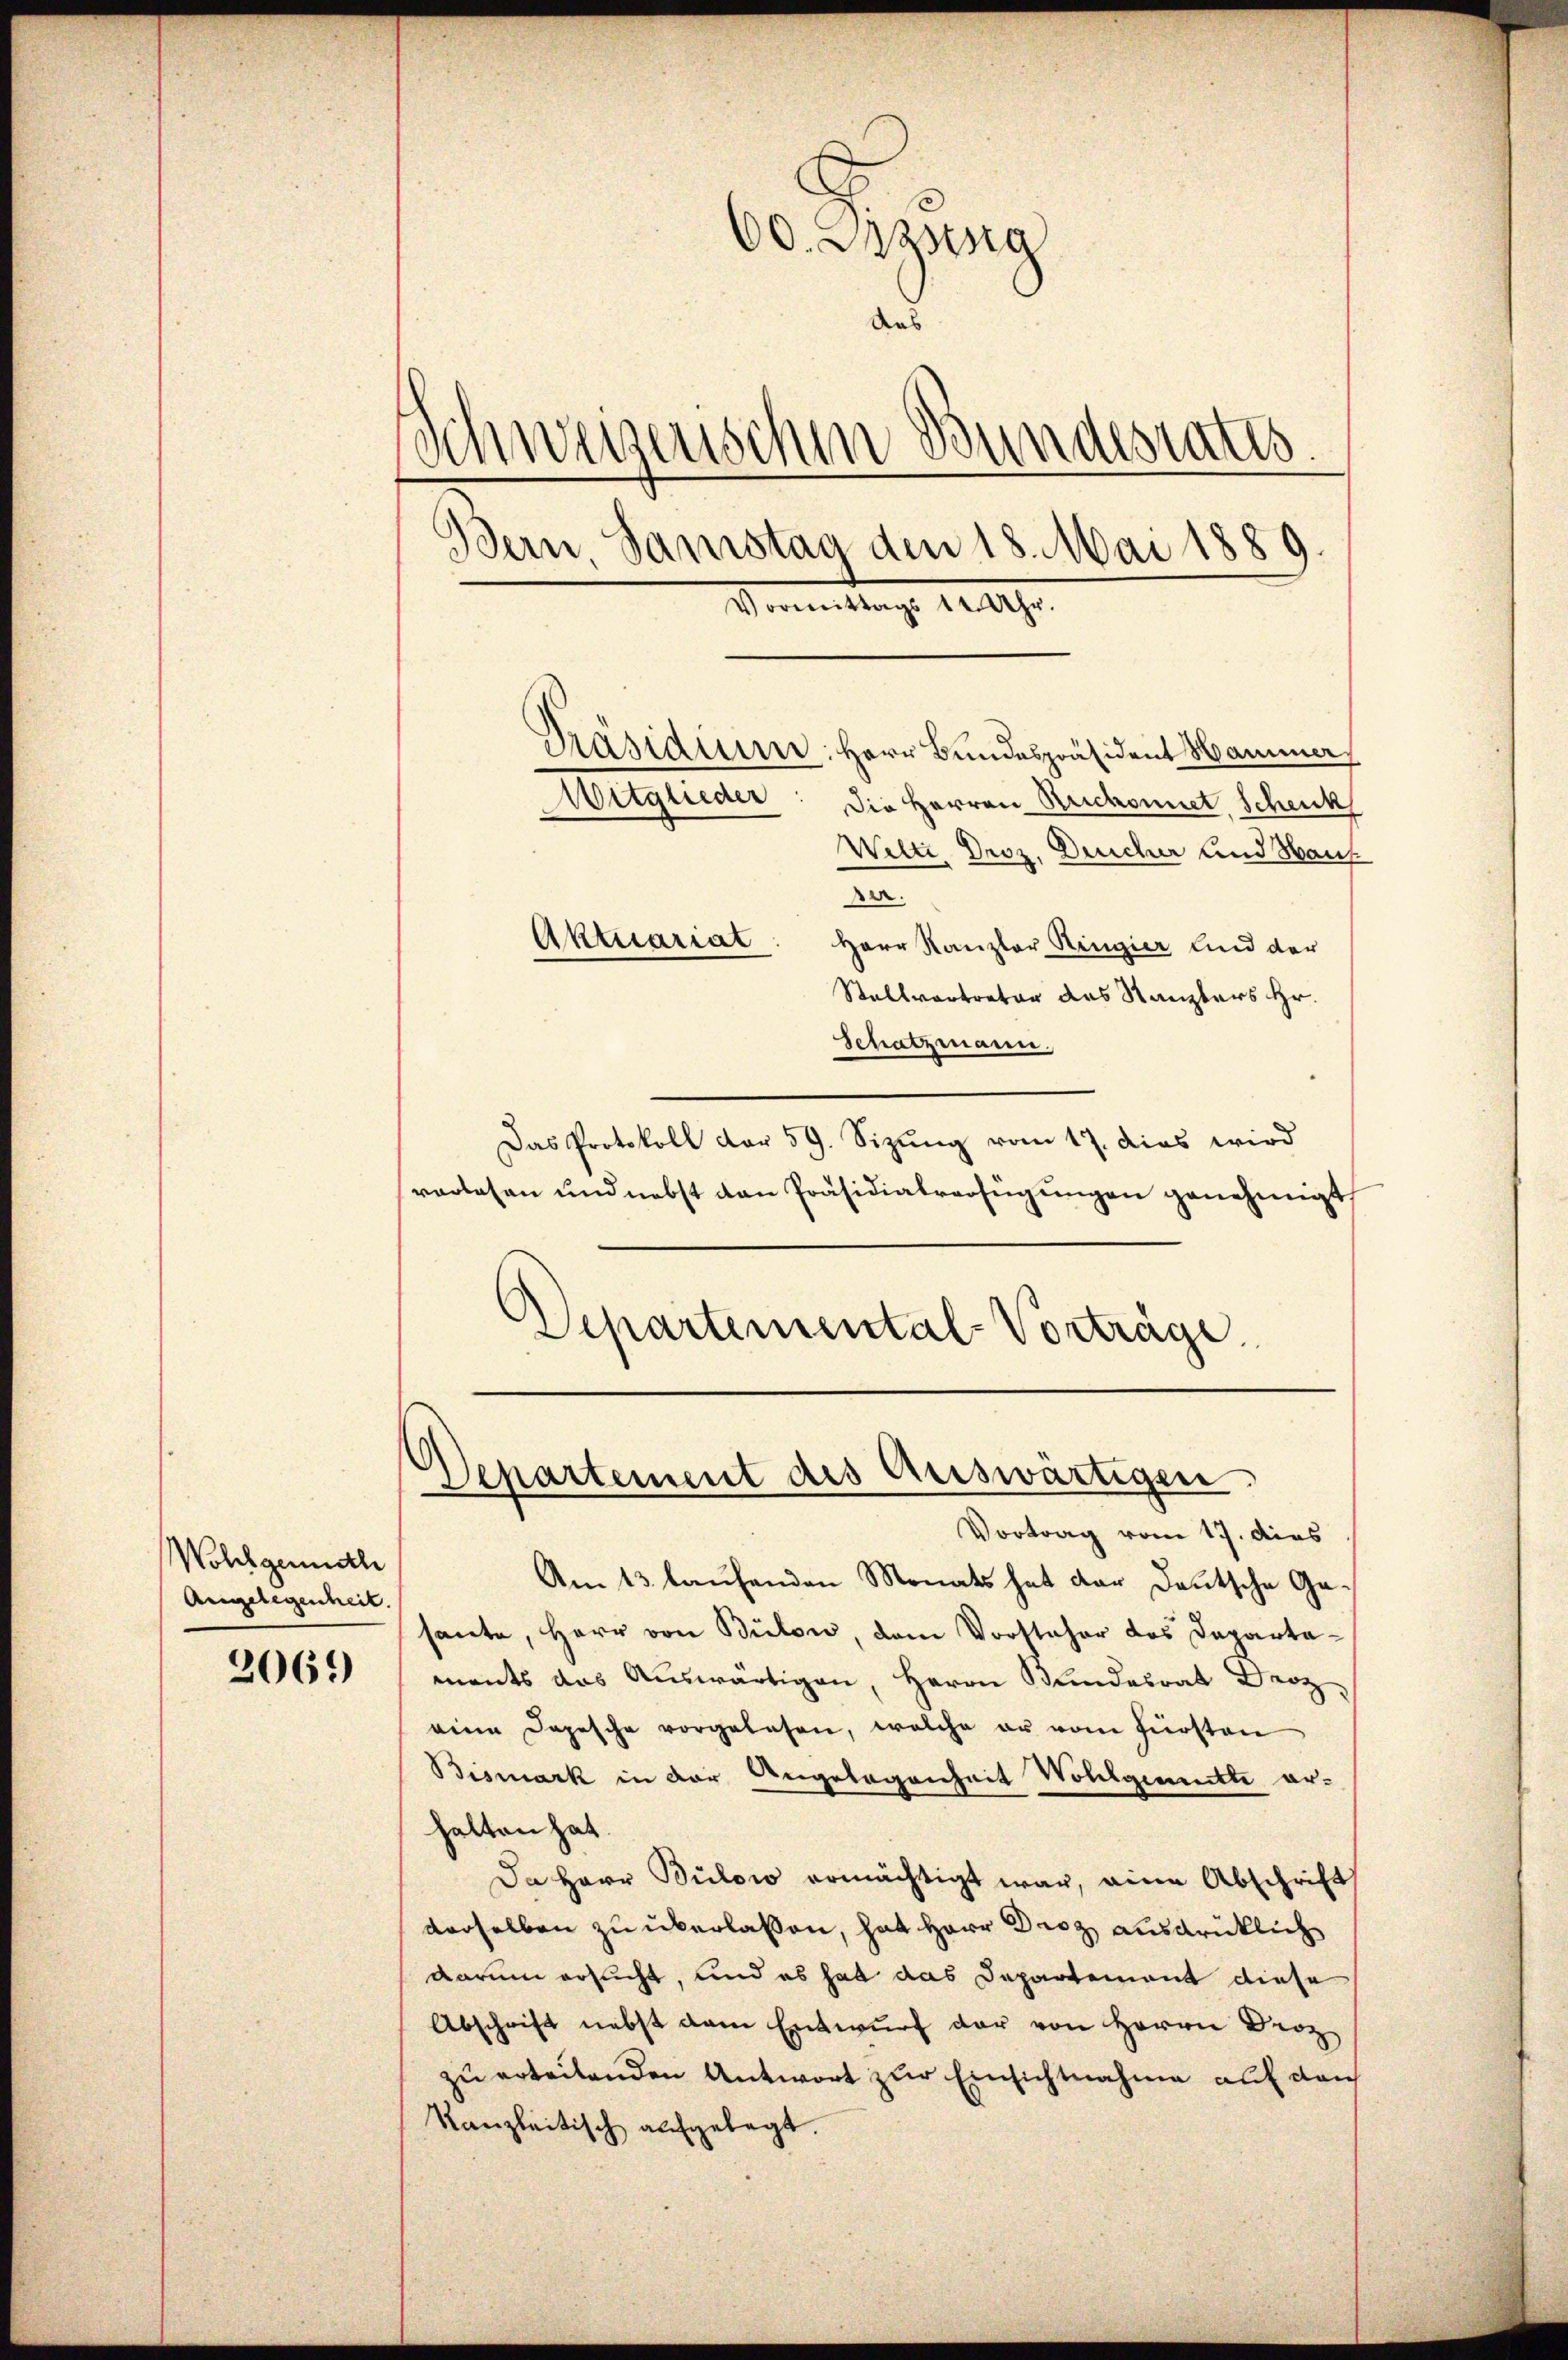
Wohlgendh
Angelegenheit.

2069)

60. Sitzung
Aus
Schwerenischen Bundesrates.
Bern Samstag den 18. Mai 1889
Sonntag 1200.
Präsidium: Herr Bundespräsident Hammer
Witglieder: Die Herren Reichonnet, Schenk
Welti Droz. Durcher und Haus
der.
Aktuariat: Herr Kanzler Ringier und der
Stellvertreter des Kanzlers Hr.

Schatzmann,
Das Protokoll dar 59. Sizŭng vom 17. dies wird
vorlesen und nebst den Präsidialverfügungen genehmigt,
Departemental-Vorträge

Am 13. laufenden Monats hat der Deutsche Gesante, Herr von Bülow, dem Vorsteher des Departaments das Auswärtigen, Herrn Bundesrat Bern
eine Depesche vorgelesen, welche er vom Fürsten
Bismark in der Angelegenheit Wollgemette erhalten hat.
Da Herr Bülow ermächtigt war, eine Abschrift
derselben zu überlassen, hat Herr Droz ausdrüklich
darum ersucht, und es hat das Departement diese
Abschrift nebst am Entwurf der von Herrn Droz
zu erteilenden Antwort zur Einsichtnahme auf den
Kanzleitisch aufgelegt

Departement des Auswärtigen
Vortrag vom 17. dies